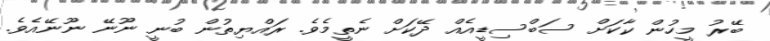
ބޭރު މީހުން ކާކަށް ސަބްސިޑީއެއް ދޭކަށް ނެތީމެވެ. ރައްޔިތުން ބުނީ ނޫނޭ ނޫނޭއެވެ.